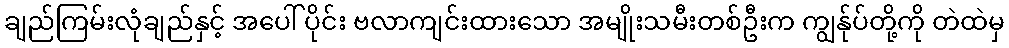
ချည်ကြမ်းလုံချည်နှင့် အပေါ် ပိုင်း ဗလာကျင်းထားသော အမျိုးသမီးတစ်ဦးက ကျွန်ုပ်တို့ကို တဲထဲမှ